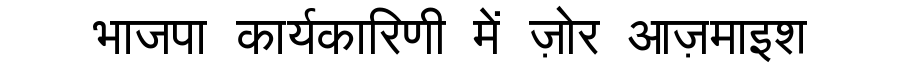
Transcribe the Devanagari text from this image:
भाजपा कार्यकारिणी में ज़ोर आज़माइश